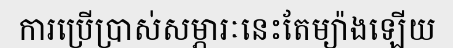
ការប្រើប្រាស់សម្ភារៈនេះតែម្យ៉ាងឡើយ